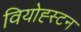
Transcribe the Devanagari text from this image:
वियोह्स्टन